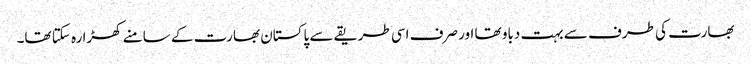
بھارت کی طرف سے بہت دباو تھا اور صرف اسی طریقے سے پاکستان بھارت کے سامنے کھڑا رہ سکتا تھا۔